Annual administration report of the Civil Veterinary Department of India - 1894-1895
Year: 1894
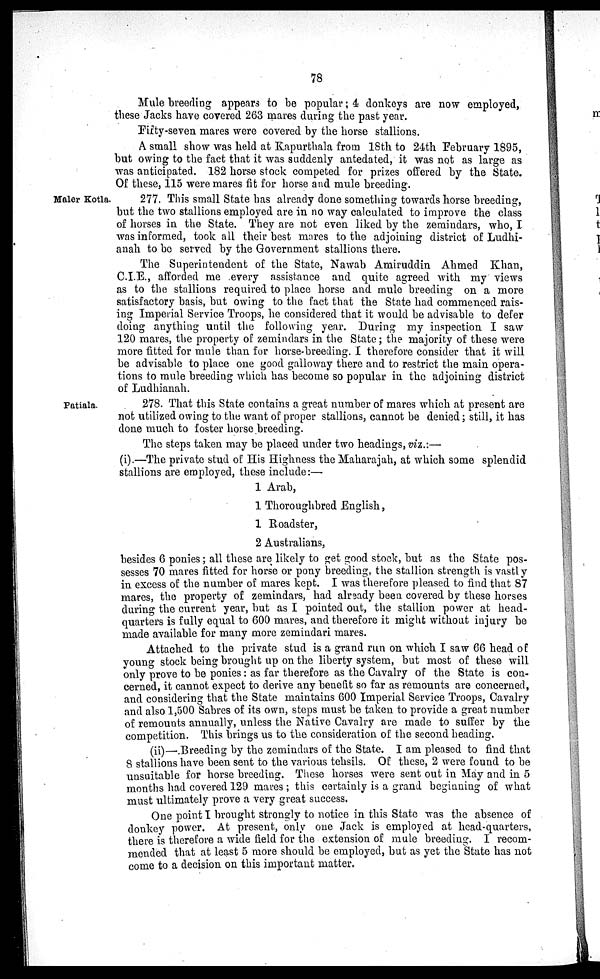
78
Mule breeding appears to be popular; 4 donkeys are now employed,
these Jacks have covered 263 mares during the past year.
Fifty-seven mares were covered by the horse stallions.
A small show was held at Kapurthala from 18th to 24th February 1895,
but owing to the fact that it was suddenly antedated, it was not as large as
was anticipated. 182 horse stock competed for prizes offered by the State.
Of these, 115 were mares fit for horse and mule breeding.
Maler Kotla.
277. This small State has already done something towards horse breeding,
but the two stallions employed are in no way calculated to improve the class
of horses in the State. They are not even liked by the zemindars, who, I
was informed, took all their best mares to the adjoining district of Ludhi-
anah to be served by the Government stallions there.
The Superintendent of the State, Nawab Amiruddin Ahmed Khan
C.I.E., afforded me every assistance and quite agreed with my views
as to the stallions required to place horse and mule breeding on a more
satisfactory basis, but owing to the fact that the State had commenced rais-
ing Imperial Service Troops, he considered that it would be advisable to defer
doing anything until the following year. During my inspection I saw
120 mares, the property of zemindars in the State; the majority of these were
more fitted for mule than for horse-breeding. I therefore consider that it will
be advisable to place one good galloway there and to restrict the main opera
tions to mule breeding which has become so popular in the adjoining district
of Ludhianah.
Patiala.
278. That this State contains a great number of mares which at present are
not utilized owing to the want of proper stallions, cannot be denied; still, it has
done much to foster horse breeding.
The steps taken may be placed under two headings, viz.:—
(i).—The private stud of His Highness the Maharajah, at which some splendid
stallions are employed, these include:—
1
1
1
2,
Arab,
Thoroughbred English,
Roadster,
Australians,
besides 6 ponies; all these are likely to get good stock, but as the State pos-
sesses 70 mares fitted for horse or pony breeding, the stallion strength is vastly
in excess of the number of mares kept. I was therefore pleased to find that 87
mares, the property of zemindars, had already been covered by these horses
during the current year, but as I pointed out, the stallion power at head-
quarters is fully equal to 600 mares, and therefore it might without injury be
made available for many more zemindari mares.
Attached to the private stud is a grand run on which I saw 66 head of
young stock being brought up on the liberty system, but most of these will
only prove to be ponies: as far therefore as the Cavalry of the State is con-
cerned, it cannot expect to derive any benefit so far as remounts are concerned,
and considering that the State maintains 600 Imperial Service Troops, Cavalry
and also 1,500 Sabres of its own, steps must be taken to provide a great number
of remounts annually, unless the Native Cavalry are made to suffer by the
competition. This brings us to the consideration of the second heading.
(ii)—.Breeding by the zemindars of the State. I am pleased to find that
8 stallions have been sent to the various tehsils. Of these, 2 were found to be
unsuitable for horse breeding. These horses were sent out in May and in 5
months had covered 129 mares ; this certainly is a grand beginning of what
must ultimately prove a very great success.
One point I brought strongly to notice in this State was the absence of
donkey power. At present, only one Jack is employed at head-quarters,
there is therefore a wide field for the extension of mule breeding. I recom-
mended that at least 5 more should be employed, but as yet the State has not
come to a decision on this important matter.